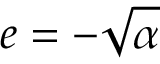
e = - \sqrt { \alpha }